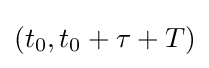
(t_{0},t_{0}+\tau +T)